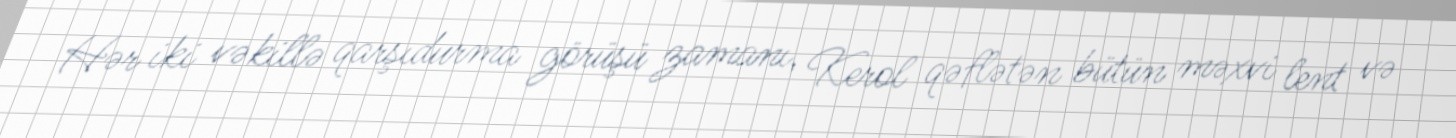
Hər iki vəkillə qarşıdurma görüşü zamanı, Kerol qəflətən bütün məxvi lent və